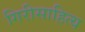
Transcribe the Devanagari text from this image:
गिरीसाहित्य